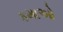
કમાઓ